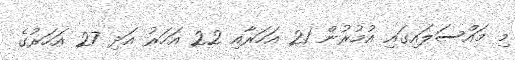
މި މައްސަލައިގައި އުމުރުން 21 އަހަރާއި 22 އަހަރު އަދި 27 އަހަރުގެ